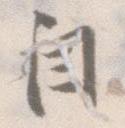
自